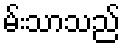
မ်းသာသည်